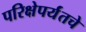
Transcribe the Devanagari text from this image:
परिक्षेपर्यंतचे